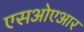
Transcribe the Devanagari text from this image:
एसओएआर